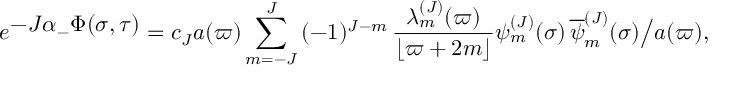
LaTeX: e ^ { \textstyle - J \alpha _ { - } \Phi ( \sigma , \tau ) } = c _ { J } a ( \varpi ) \sum _ { m = - J } ^ { J } \, ( - 1 ) ^ { J - m } \, { \frac { \lambda _ { m } ^ { ( J ) } ( \varpi ) } { \lfloor \varpi + 2 m \rfloor } } \psi _ { m } ^ { ( J ) } ( \sigma ) \, { \overline { { \psi } } _ { m } ^ { ( J ) } } ( \sigma ) \bigr / a ( \varpi ) ,